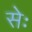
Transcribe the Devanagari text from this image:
सेः